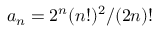
a _ { n } = 2 ^ { n } ( n ! ) ^ { 2 } / ( 2 n ) !